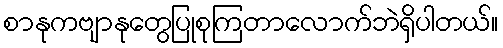
စာနုကဗျာနုတွေပြုစုကြတာလောက်ဘဲရှိပါတယ်။